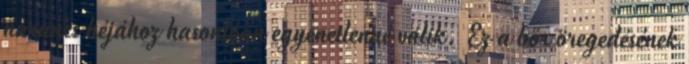
narancs héjához hasonlóan egyenetlenné válik. Ez a bőr öregedésének